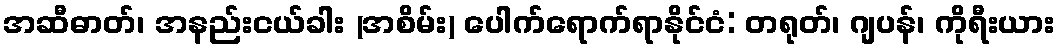
အဆီဓာတ်၊ အနည်းငယ်ခါး (အစိမ်း) ပေါက်ရောက်ရာနိုင်ငံ: တရုတ်၊ ဂျပန်၊ ကိုရီးယား